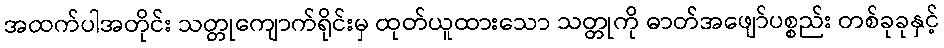
အထက်ပါအတိုင်း သတ္တုကျောက်ရိုင်းမှ ထုတ်ယူထားသော သတ္တုကို ဓာတ်အဖျော်ပစ္စည်း တစ်ခုခုနှင့်